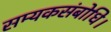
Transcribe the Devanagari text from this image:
सम्यकसंबोधि।